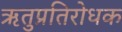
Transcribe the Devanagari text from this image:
ऋतुप्रतिरोधक